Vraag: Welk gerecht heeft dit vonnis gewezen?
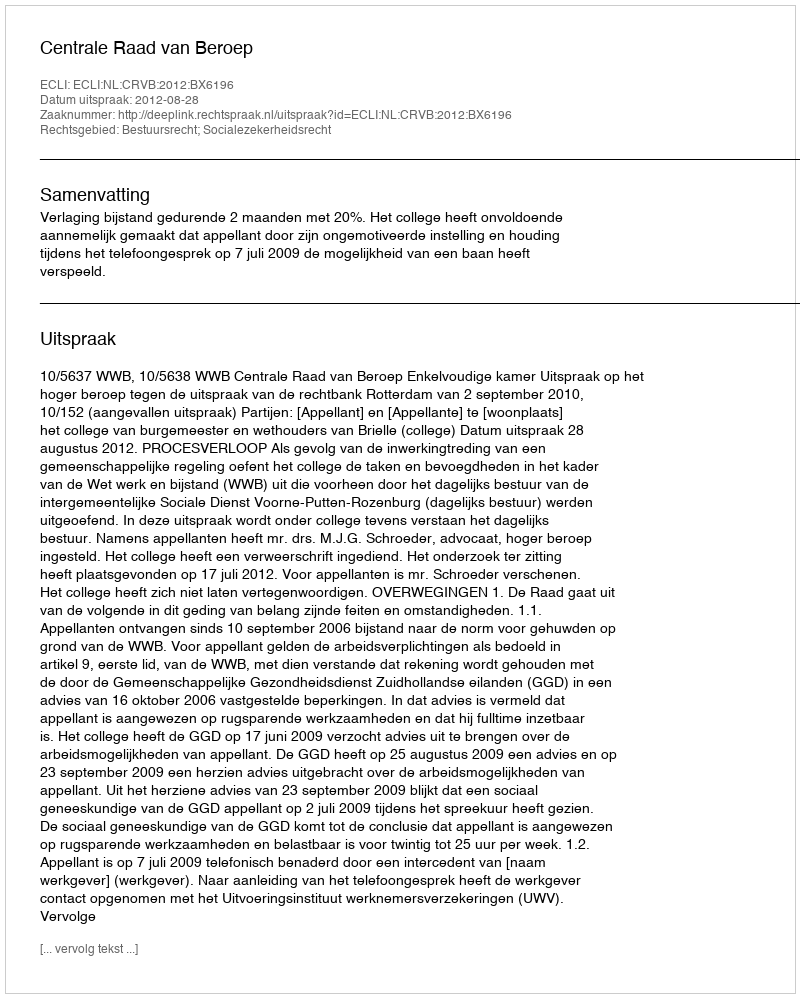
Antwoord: Centrale Raad van Beroep